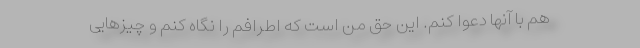
هم با آنها دعوا کنم. این حق من است که اطرافم را نگاه کنم و چیزهایی